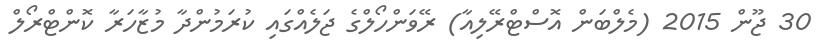
30 ޖޫން 2015 (މެލްބަން އޮސްޓްރޭލިއާ) ރޭވަންހޯލްގެ ޖަލެއްގައި ކުރަމުންދާ މުޒާހަރާ ކޮންޓްރޯލް